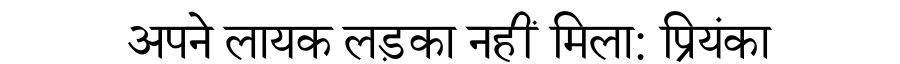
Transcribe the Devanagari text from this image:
अपने लायक लड़का नहीं मिला: प्रियंका